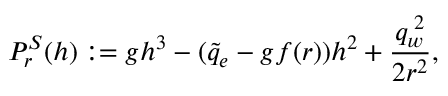
{ \cal P } _ { r } ^ { S } ( h ) : = g h ^ { 3 } - ( \tilde { q } _ { e } - g f ( r ) ) h ^ { 2 } + \displaystyle \frac { q _ { w } ^ { \; 2 } } { 2 r ^ { 2 } } ,